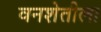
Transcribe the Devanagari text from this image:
वनशेतीला